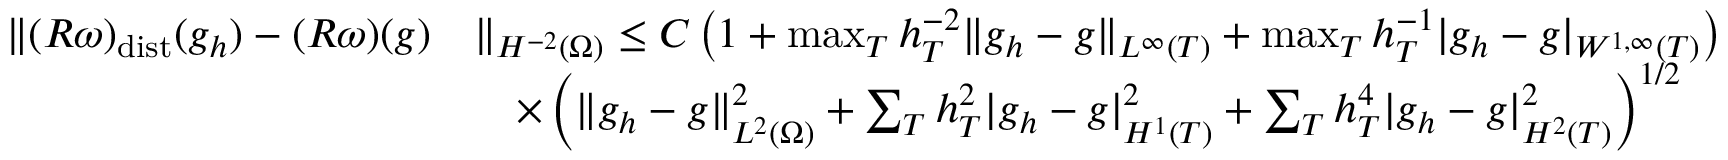
\begin{array} { r l } { \| ( R \omega ) _ { \mathrm { d i s t } } ( g _ { h } ) - ( R \omega ) ( g ) } & { \| _ { H ^ { - 2 } ( \Omega ) } \le C \left( 1 + \operatorname* { m a x } _ { T } h _ { T } ^ { - 2 } \| g _ { h } - g \| _ { L ^ { \infty } ( T ) } + \operatorname* { m a x } _ { T } h _ { T } ^ { - 1 } | g _ { h } - g | _ { W ^ { 1 , \infty } ( T ) } \right) } \\ & { \quad \times \left( \| g _ { h } - g \| _ { L ^ { 2 } ( \Omega ) } ^ { 2 } + \sum _ { T } h _ { T } ^ { 2 } | g _ { h } - g | _ { H ^ { 1 } ( T ) } ^ { 2 } + \sum _ { T } h _ { T } ^ { 4 } | g _ { h } - g | _ { H ^ { 2 } ( T ) } ^ { 2 } \right) ^ { 1 / 2 } } \end{array}